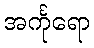
အင်္ကုရော